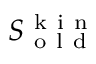
S _ { \mathrm { ~ o ~ l ~ d ~ } } ^ { \mathrm { ~ k ~ i ~ n ~ } }